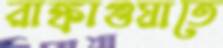
রাঙ্কাগুয়াতে